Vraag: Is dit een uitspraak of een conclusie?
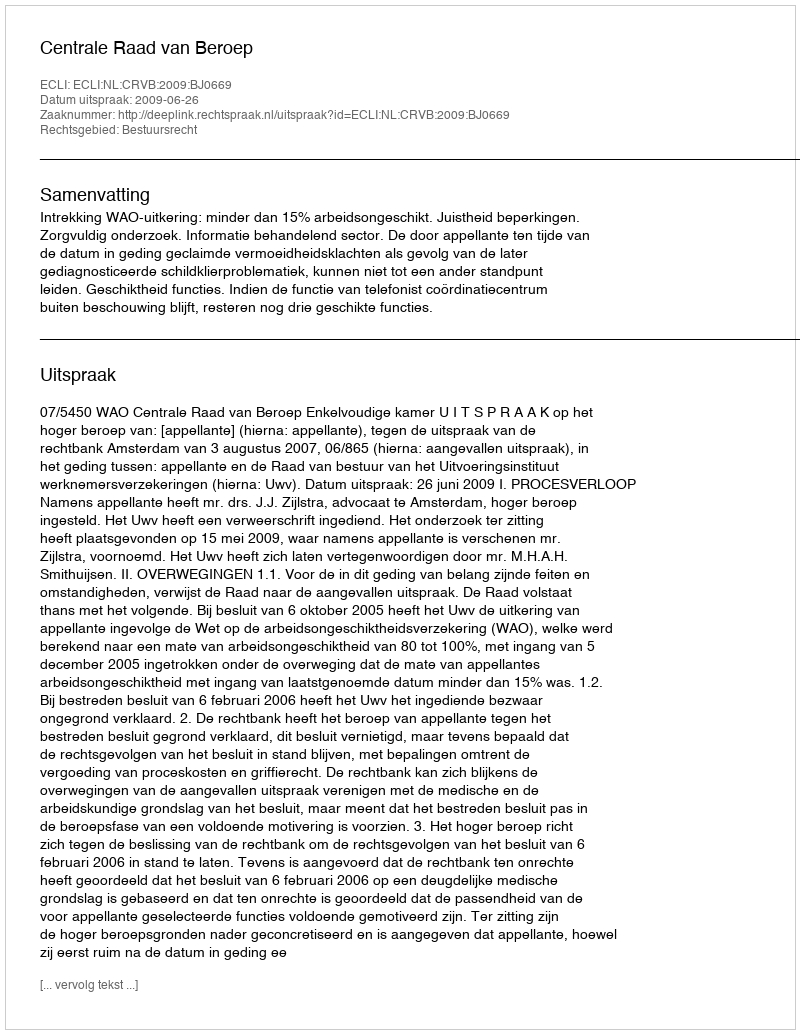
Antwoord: Uitspraak